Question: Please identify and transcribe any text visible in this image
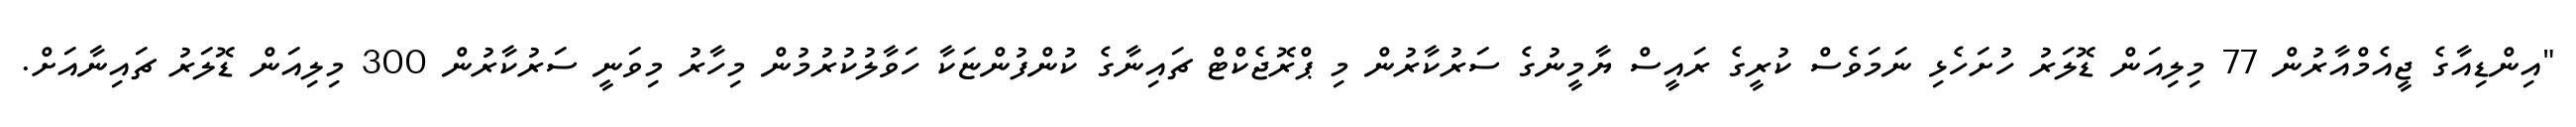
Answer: "އިންޑިއާގެ ޖީއެމްއާރުން 77 މިލިއަން ޑޮލަރު ހުށަހެޅި ނަމަވެސް ކުރީގެ ރައީސް ޔާމީނުގެ ސަރުކާރުން މި ޕްރޮޖެކްޓް ޗައިނާގެ ކުންފުންޏަކާ ހަވާލުކުރުމުން މިހާރު މިވަނީ ސަރުކާރުން 300 މިލިއަން ޑޮލަރު ޗައިނާއަށް.